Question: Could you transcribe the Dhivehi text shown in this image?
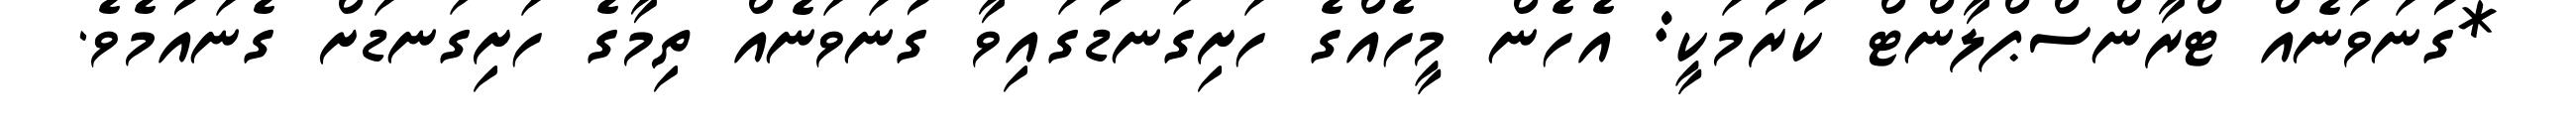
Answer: *ގުނަވަނެއް ޓްރާންސްޕްލާންޓް ކުރުމަކީ: އެހެން މީހެއްގެ ހަށިގަނޑުގައިވާ ގުނަވަނެއް ތިމާގެ ހަށިގަނޑަށް ގެނައުމެވެ.